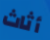
أثاث